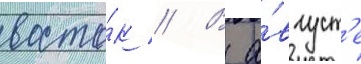
восто́к // В а́вгуст'е